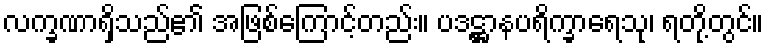
လက္ခဏာရှိသည်၏ အဖြစ်ကြောင့်တည်း။ ပဒဋ္ဌာနပရိက္ခာရေသု၊ ရတို့တွင်။